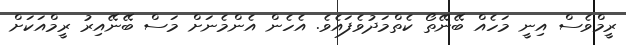
ރީމްވެސް އިނީ މަހެއް ބޭނޭތޯ ކެތްމަދުވެފައެވެ. އެހެން އެންމެނަށް މަސް ބޭނޭއިރު ރީމްއަކަށް